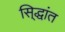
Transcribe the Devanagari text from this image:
सि्द्धांत